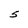
Character: S